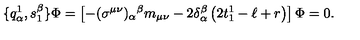
\{ q _ { \alpha } ^ { 1 } , s _ { 1 } ^ { \beta } \} \Phi = \left[ - ( \sigma ^ { \mu \nu } ) _ { \alpha } { } ^ { \beta } m _ { \mu \nu } - 2 \delta _ { \alpha } ^ { \beta } \left( 2 t _ { 1 } ^ { 1 } - \ell + r \right) \right] \Phi = 0 .